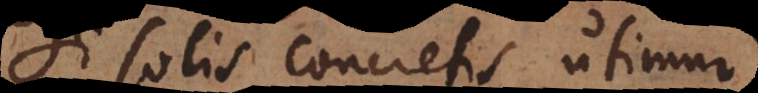
Si solis concretis utimur